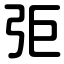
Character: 弡